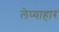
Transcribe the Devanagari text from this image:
लेप्याहार